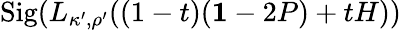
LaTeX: \mathrm{Sig}(L_{\kappa^{\prime},\rho^{\prime}}((1-t)({\mathbf 1}-2P)+tH))